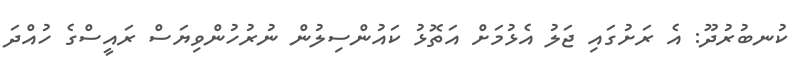
ކުނބުރުދޫ: އެ ރަށުގައި ޖަލު އެޅުމަށް އަތޮޅު ކައުންސިލުން ނުރުހުންވިޔަސް ރައީސްގެ ހުއްދަ